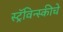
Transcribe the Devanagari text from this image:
स्ट्रॅविन्स्कीचे